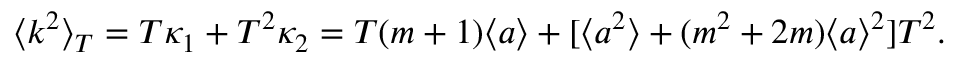
\langle k ^ { 2 } \rangle _ { T } = T \kappa _ { 1 } + T ^ { 2 } \kappa _ { 2 } = T ( m + 1 ) \langle a \rangle + [ \langle a ^ { 2 } \rangle + ( m ^ { 2 } + 2 m ) \langle a \rangle ^ { 2 } ] T ^ { 2 } .